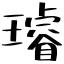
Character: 璿